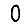
Digit: 0